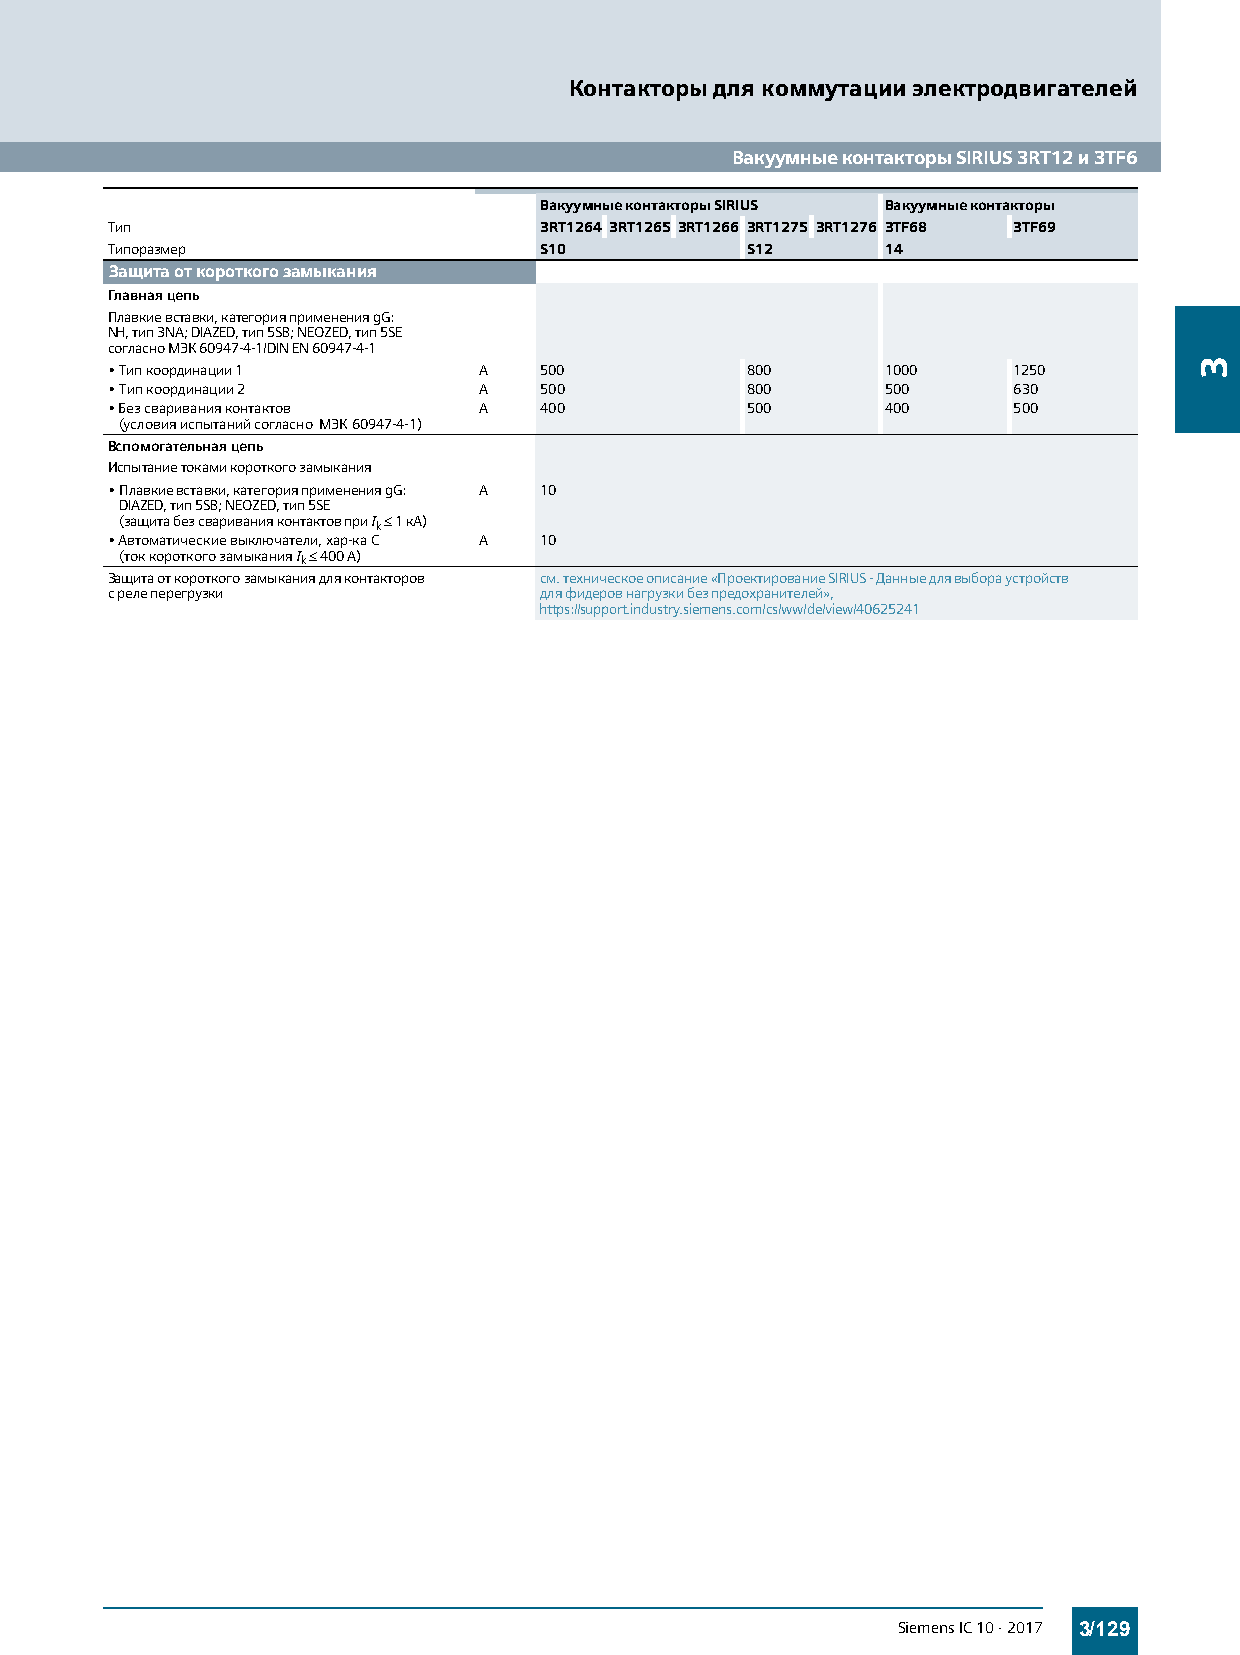
Контакторы для коммутации электродвигателей
 Вакуумные контакторы SIRIUS 3RT12 и 3TF6
 Вакуумные контакторы SIRIUS Вакуумные контакторы
 Тип                          3RT1264 3RT1265 3RT1266 3RT1275 3RT1276 3TF68 3TF69
 Типоразмер                   S10          S12       14
 Защита от короткого замыкания
 Главная цепь
 Плавкие вставки, категория применения gG:
 NH, тип 3NA; DIAZED, тип 5SB; NEOZED, тип 5SE
 согласно МЭК 60947-4-1/DIN EN 60947-4-1
 •Тип координации 1       A   500          800       1000    1250
 •Тип координации 2       A   500          800       500     630
 •Без сваривания контактов A  400          500       400     500
 (условия испытаний согласно МЭК 60947-4-1)
 Вспомогательная цепь
 Испытание токами короткого замыкания
 •Плавкие вставки, категория применения gG: A 10
 DIAZED, тип 5SB; NEOZED, тип 5SE
 (защита без сваривания контактов при I k 1 кА)
 •Автоматические выключатели, хар-ка C A 10
 (ток короткого замыкания I k 400 A)
 Защита от короткого замыкания для контакторов см. техническое описание «Проектирование SIRIUS - Данные для выбора устройств
 с реле перегрузки            для фидеров нагрузки без предохранителей»,
 https://support.industry.siemens.com/cs/ww/de/view/40625241
 Siemens IC 10 · 2017 3/129
 3